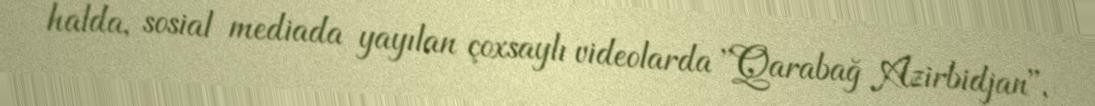
halda, sosial mediada yayılan çoxsaylı videolarda ''Qarabağ Azirbidjan'',